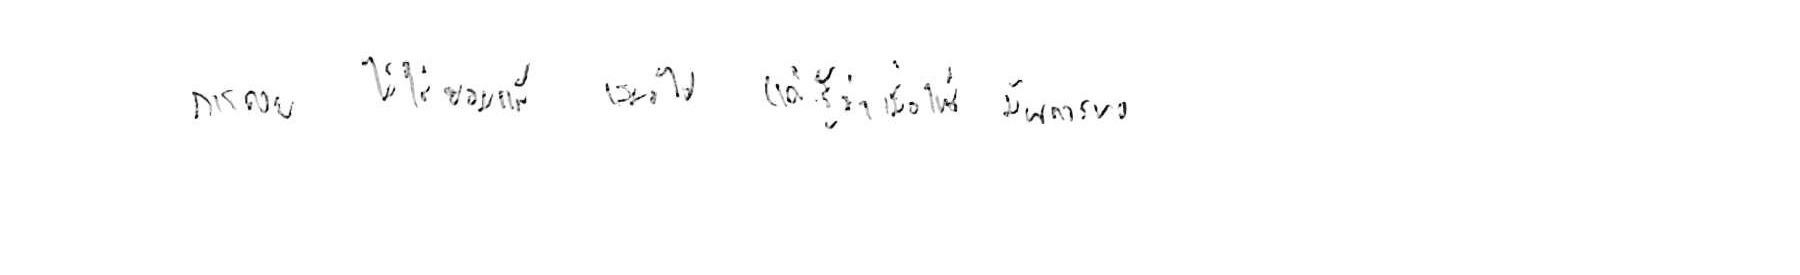
การถอย ไม่ใช่ยอมแพ้ เสมอไป แค่รู้ว่าเมื่อไหร่ มันควรพอ